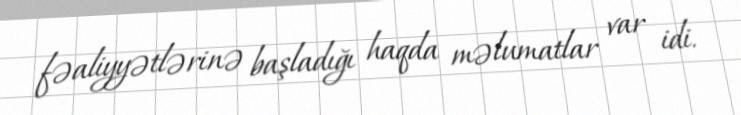
fəaliyyətlərinə başladığı haqda məlumatlar var idi.